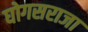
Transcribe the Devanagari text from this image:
घोगसराजा